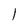
Character: l